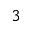
3